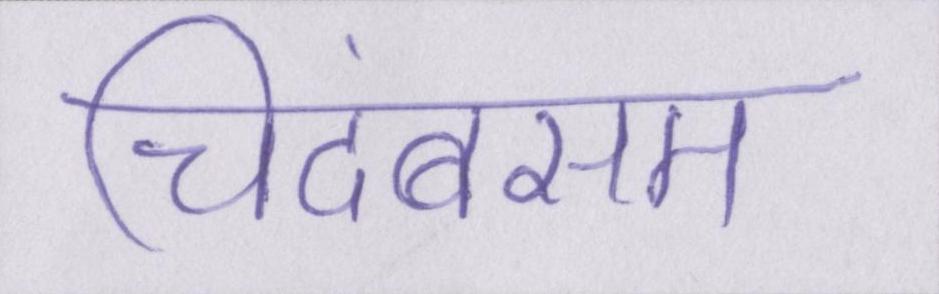
चिदंबरम